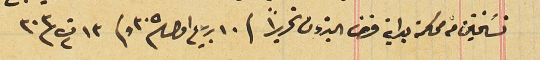
نسَختين من محكمة بداية قضا البترون تحريراً فى ١٠ ربيع اول سنة ٣٠٥ وفى ١٣ ت٢ سنة ٣٠٣